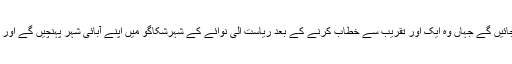
پیر کو وہ پھر وسکونسن اور آئیوا جائیں گے جہاں وہ ایک اور تقریب سے خطاب کرنے کے بعد ریاست اِلی نوائے کے شہرشکاگو میں اپنے آبائی شہر پہنچیں گے اور انتخاب کی رات وہیں گزاریں گے۔